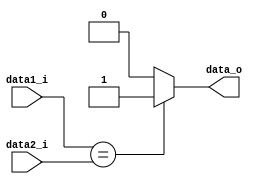
module Eq(
	data1_i,
	data2_i,
	data_o
);

input [31:0]data1_i, data2_i;
output data_o;

assign data_o = (data1_i == data2_i)?1'b1:1'b0;

endmodule